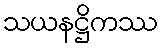
သယနဋ္ဌိကဿ